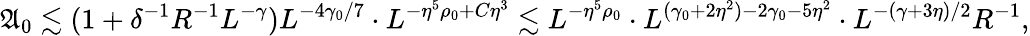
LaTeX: \mathfrak A_{0}\lesssim(1+\delta^{-1}R^{-1}L^{-\gamma})L^{-4\gamma_{0}/7}\cdot L^{-\eta^{5}\rho_{0}+C\eta^{3}}\lesssim L^{-\eta^{5}\rho_{0}}\cdot L^{(\gamma_{0}+2\eta^{2})-2\gamma_{0}-5\eta^{2}}\cdot L^{-(\gamma+3\eta)/2}R^{-1},